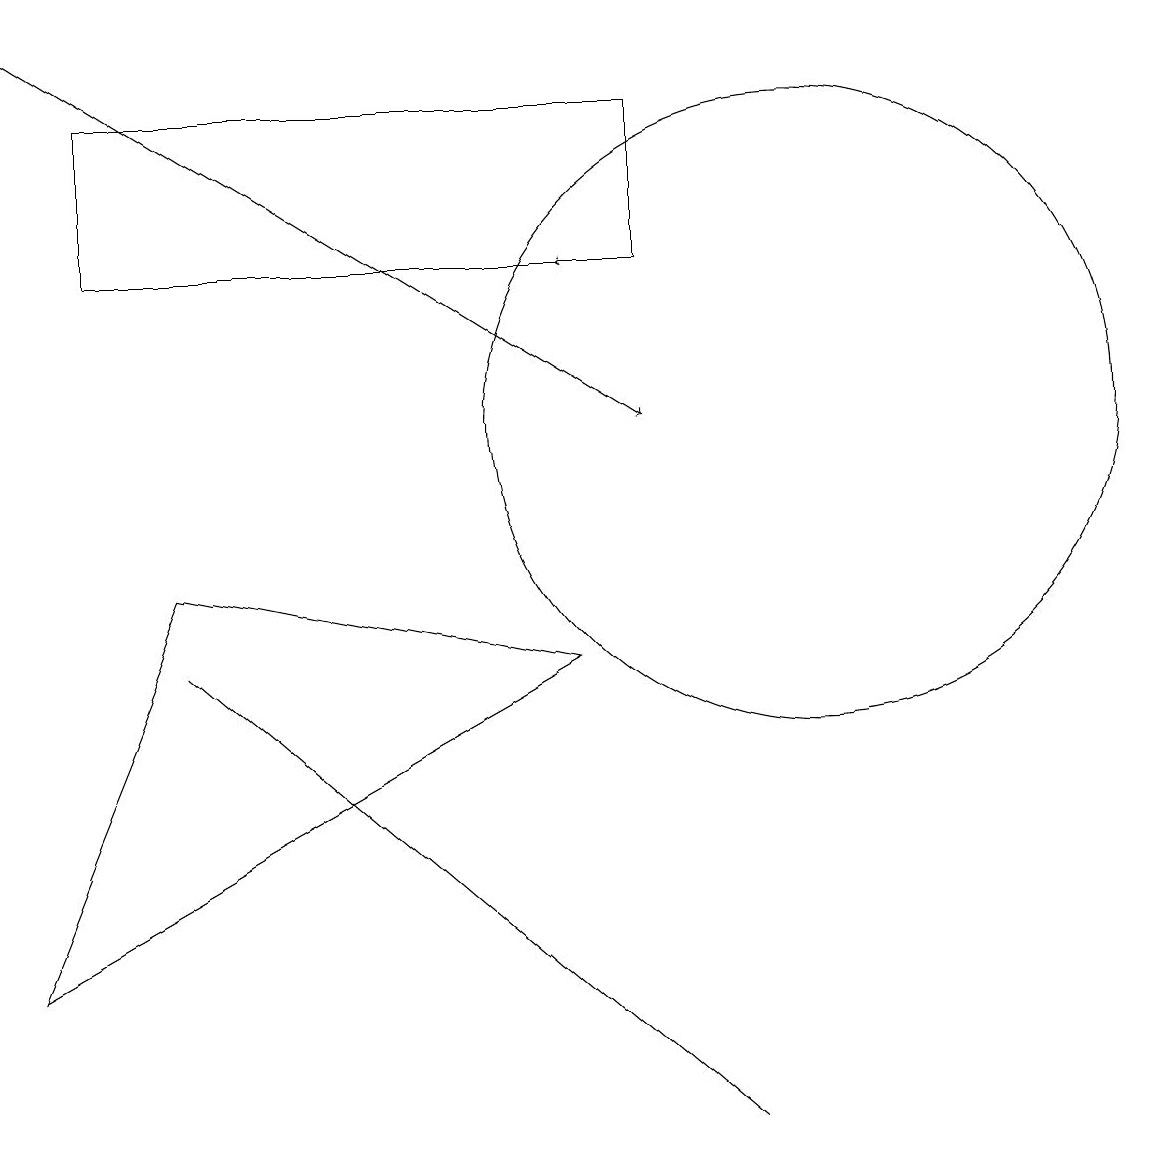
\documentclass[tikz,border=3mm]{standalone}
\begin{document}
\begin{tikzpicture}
\draw (9,1) -- (9,1) -- (2,7) -- cycle;
\draw (8,12) rectangle (1,14);
\draw (10,10) circle (4);
\draw (0,3) -- (2,8) -- (7,7) -- cycle;
\draw[->] (0,15) -- (8,10);
\draw[->] (8,12) -- (7,12);
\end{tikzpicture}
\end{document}